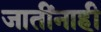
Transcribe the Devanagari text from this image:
जातींनाही